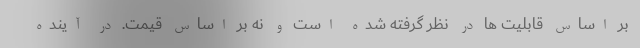
بر اساس قابلیت ها در نظر گرفته شده است و نه بر اساس قیمت. در آینده